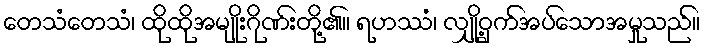
တေသံတေသံ၊ ထိုထိုအမျိုးဂိုဏ်းတို့၏။ ရဟဿံ၊ လျှို့ဝှက်အပ်သောအမှုသည်။